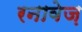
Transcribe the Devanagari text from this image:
रनावेज़